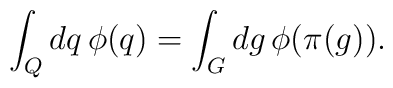
\int_Q dq \, \phi( q )	=	\int_G dg \, \phi( \pi ( g ) ).